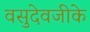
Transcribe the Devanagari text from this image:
वसुदेवजीके